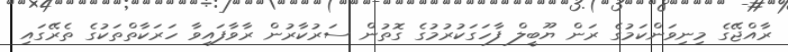
ރާއްޖޭގެ މިނިވަންކަމުގެ ރަން ޔޫބީލް ފާހަގަކުރުމުގެ ގޮތުން ސަރުކާރުން ރާވާފައިވާ ހަރަކާތްތަކުގެ ތެރޭގައި